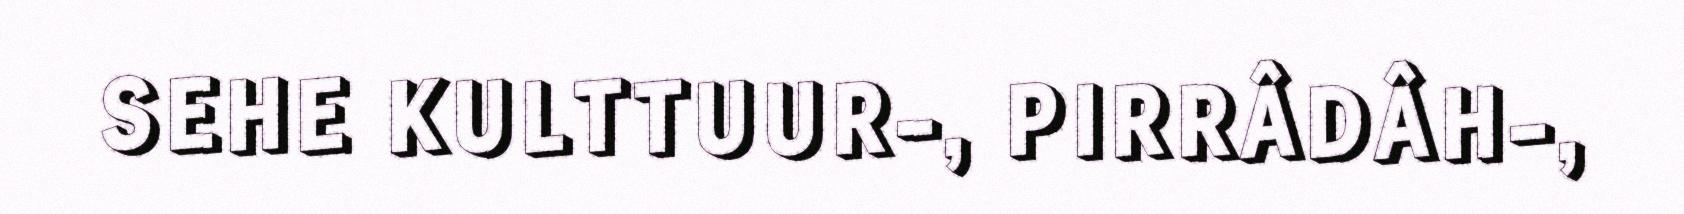
SEHE KULTTUUR-, PIRRÂDÂH-,